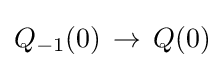
Q_{\mathrm {-1} }(0)\,\to \,Q(0)